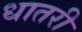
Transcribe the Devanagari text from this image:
धातरी